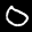
Label: 0